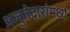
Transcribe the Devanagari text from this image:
अलुतेदारांमध्ये